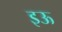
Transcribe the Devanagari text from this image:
इऊ